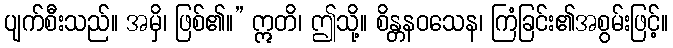
ပျက်စီးသည်။ အမှိ၊ ဖြစ်၏။” ဣတိ၊ ဤသို့။ စိန္တနဝသေန၊ ကြံခြင်း၏အစွမ်းဖြင့်။